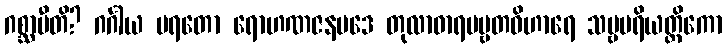
ဂစ္ဆာမီတိ? ဂင်္ဂါယ ပရတော ရောဟဏဇနပဒေ တုလာဓာရပဗ္ဗတဝိဟာရေ သဗ္ဗပရိယတ္တိကော